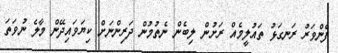
ފެންވަރު ރަނގަޅު ތައުލީމެއް ރަށުން ލިބެން ނެތުމުން ދަރިންނަށް ކިޔަވައިދޭން މާލެ ނުވަތަ